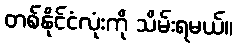
တစ်နိုင်ငံလုံးကို သိမ်းရမယ်။